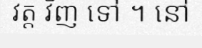
វត្ត វិញ ទៅ ។ នៅ